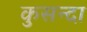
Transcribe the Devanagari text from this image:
कुसन्दा